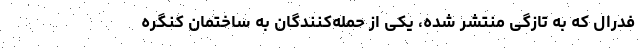
فدرال که به تازگی منتشر شده، یکی از حمله‌کنندگان به ساختمان کنگره